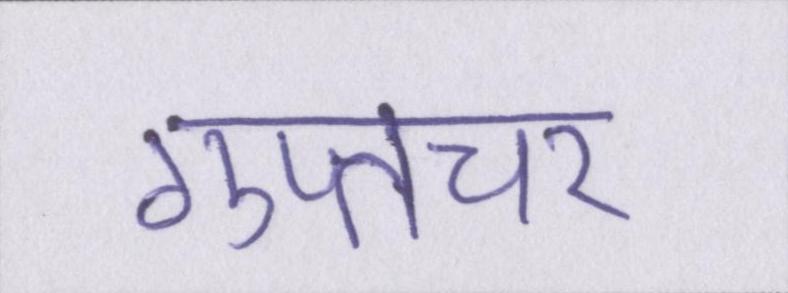
गुप्तचर